Report on the bubonic plague in Bombay, 1896-1897
Year: 1896
Disease focus: Plague
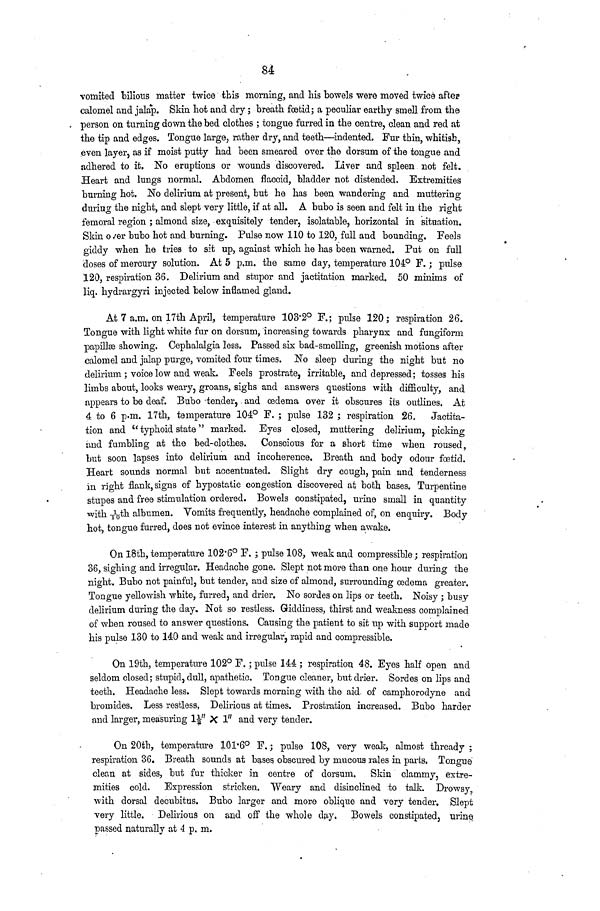
84
vomited bilious matter twice this morning, and his bowels were moved twice after
calomel and jalap. Skin hot and dry ; breath fœtid; a peculiar earthy smell from the
person on turning down the bed clothes ; tongue furred in the centre, clean and red at
the tip and edges. Tongue large, rather dry, and teeth—indented. Fur thin, whitish,
even layer, as if moist putty had been smeared over the dorsum of the tongue and
adhered to it. No eruptions or wounds discovered. Liver and spleen not felt.
Heart and lungs normal. Abdomen flaccid, bladder not distended. Extremities
burning hot. No delirium at present, but he has been wandering and muttering
during the night, and slept very little, if at all. A bubo is seen and felt in the right
femoral region ; almond size, exquisitely tender, isolatable, horizontal in situation.
Skin over bubo hot and burning. Pulse now 110 to 120, full and bounding. Feels
giddy when he tries to sit up, against which he has been warned. Put on full
doses of mercury solution. At 5 p.m. the same day, temperature 104° F. ; pulse
120, respiration 36. Delirium and stupor and jactitation marked. 50 minims of
liq. hydrargyri injected below inflamed gland.
At 7 a.m. on 17th April, temperature 103.2° F.; pulse 120; respiration 26.
Tongue with light white fur on dorsum, increasing towards pharynx and fungiform
papillæ showing. Gephalalgia less. Passed six bad-smelling, greenish motions after
calomel and jalap purge, vomited four times. No sleep during the night but no
delirium ; voice low and weak. Feels prostrate, irritable, and depressed; tosses his
limbs about, looks weary, groans, sighs and answers questions with difficulty, and
appears to be deaf. Bubo tender, and œdema over it obscures its outlines. At
4 to 6 p.m. 17th, tamperature 104° F. ; pulse 132 ; respiration 26. Jactita-
tion and " typhoid state " marked. Eyes closed, muttering delirium, picking
and fumbling at the bed-clothes.
Conscious for a short time when roused,
but soon lapses into delirium and incoherence. Breath and body odour fœtid.
Heart sounds normal but accentuated. Slight dry cough, pain and tenderness
in right flank, signs of hypostatic congestion discovered at both bases. Turpentine
stupes and free stimulation ordered. Bowels constipated, urine small in quantity
with 1\10th albumen. Vomits frequently, headache complained of, on enquiry. Body
hot, tongue furred, does not evince interest in anything when awake.
On 18th, temperature 102.6° F.; pulse 108, weak and compressible ; respiration
36, sighing and irregular. Headache gone. Slept not more than one hour during the
night. Bubo not painful, but tender, and size of almond, surrounding œdema greater.
Tongue yellowish white, furred, and drier. No sordes on lips or teeth. Noisy ; busy
delirium during the day. Not so restless. Giddiness, thirst and weakness complained
of when roused to answer questions. Causing the patient to sit up with support made
his pulse 130 to 140 and weak and irregular, rapid and compressible.
On 19th, temperature 102° F. ; pulse 144 ; respiration. 48. Eyes half open and
seldom closed; stupid, dull, apathetic. Tongue cleaner, but drier. Sordes on lips and
teeth. Headache less. Slept towards morning with the aid of camphorodyne and
bromides. Less restless, Delirious at times. Prostration increased. Bubo harder
and larger, measuring 1½" X 1" and very tender.
On 20th, temperature 101.6° F. ; pulse 108, very weak, almost thready ;
respiration 36. Breath sounds at bases obscured by mucous rales in parts. Tongue,
clean at sides, but fur thicker in centre of dorsum. Skin clammy, extre-
mities cold. Expression stricken. Weary and disinclined to talk. Drowsy,
with dorsal decubitus. Bubo larger and more oblique and very tender. Slept
very little. Delirious on and off the whole clay. Bowels constipated, urine
passed naturally at 4 p. m.